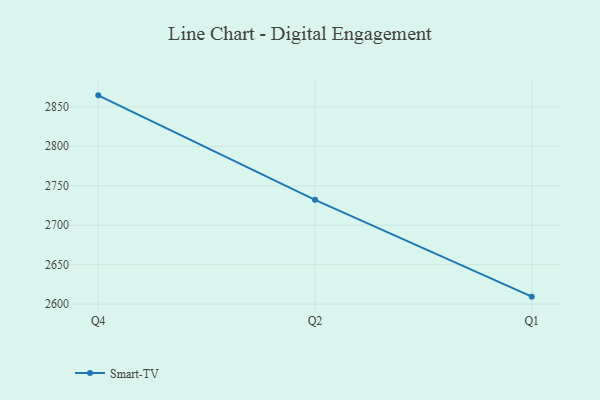
{"axis": {"x": "Quarter", "y": "Revenue (USD Million)"}, "legend": ["Smart-TV"], "data": [{"x": "Q4", "y": 2864.5, "type": "Smart-TV"}, {"x": "Q2", "y": 2732.2, "type": "Smart-TV"}, {"x": "Q1", "y": 2609.5, "type": "Smart-TV"}]}